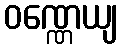
ဝဏ္ဏေယျ